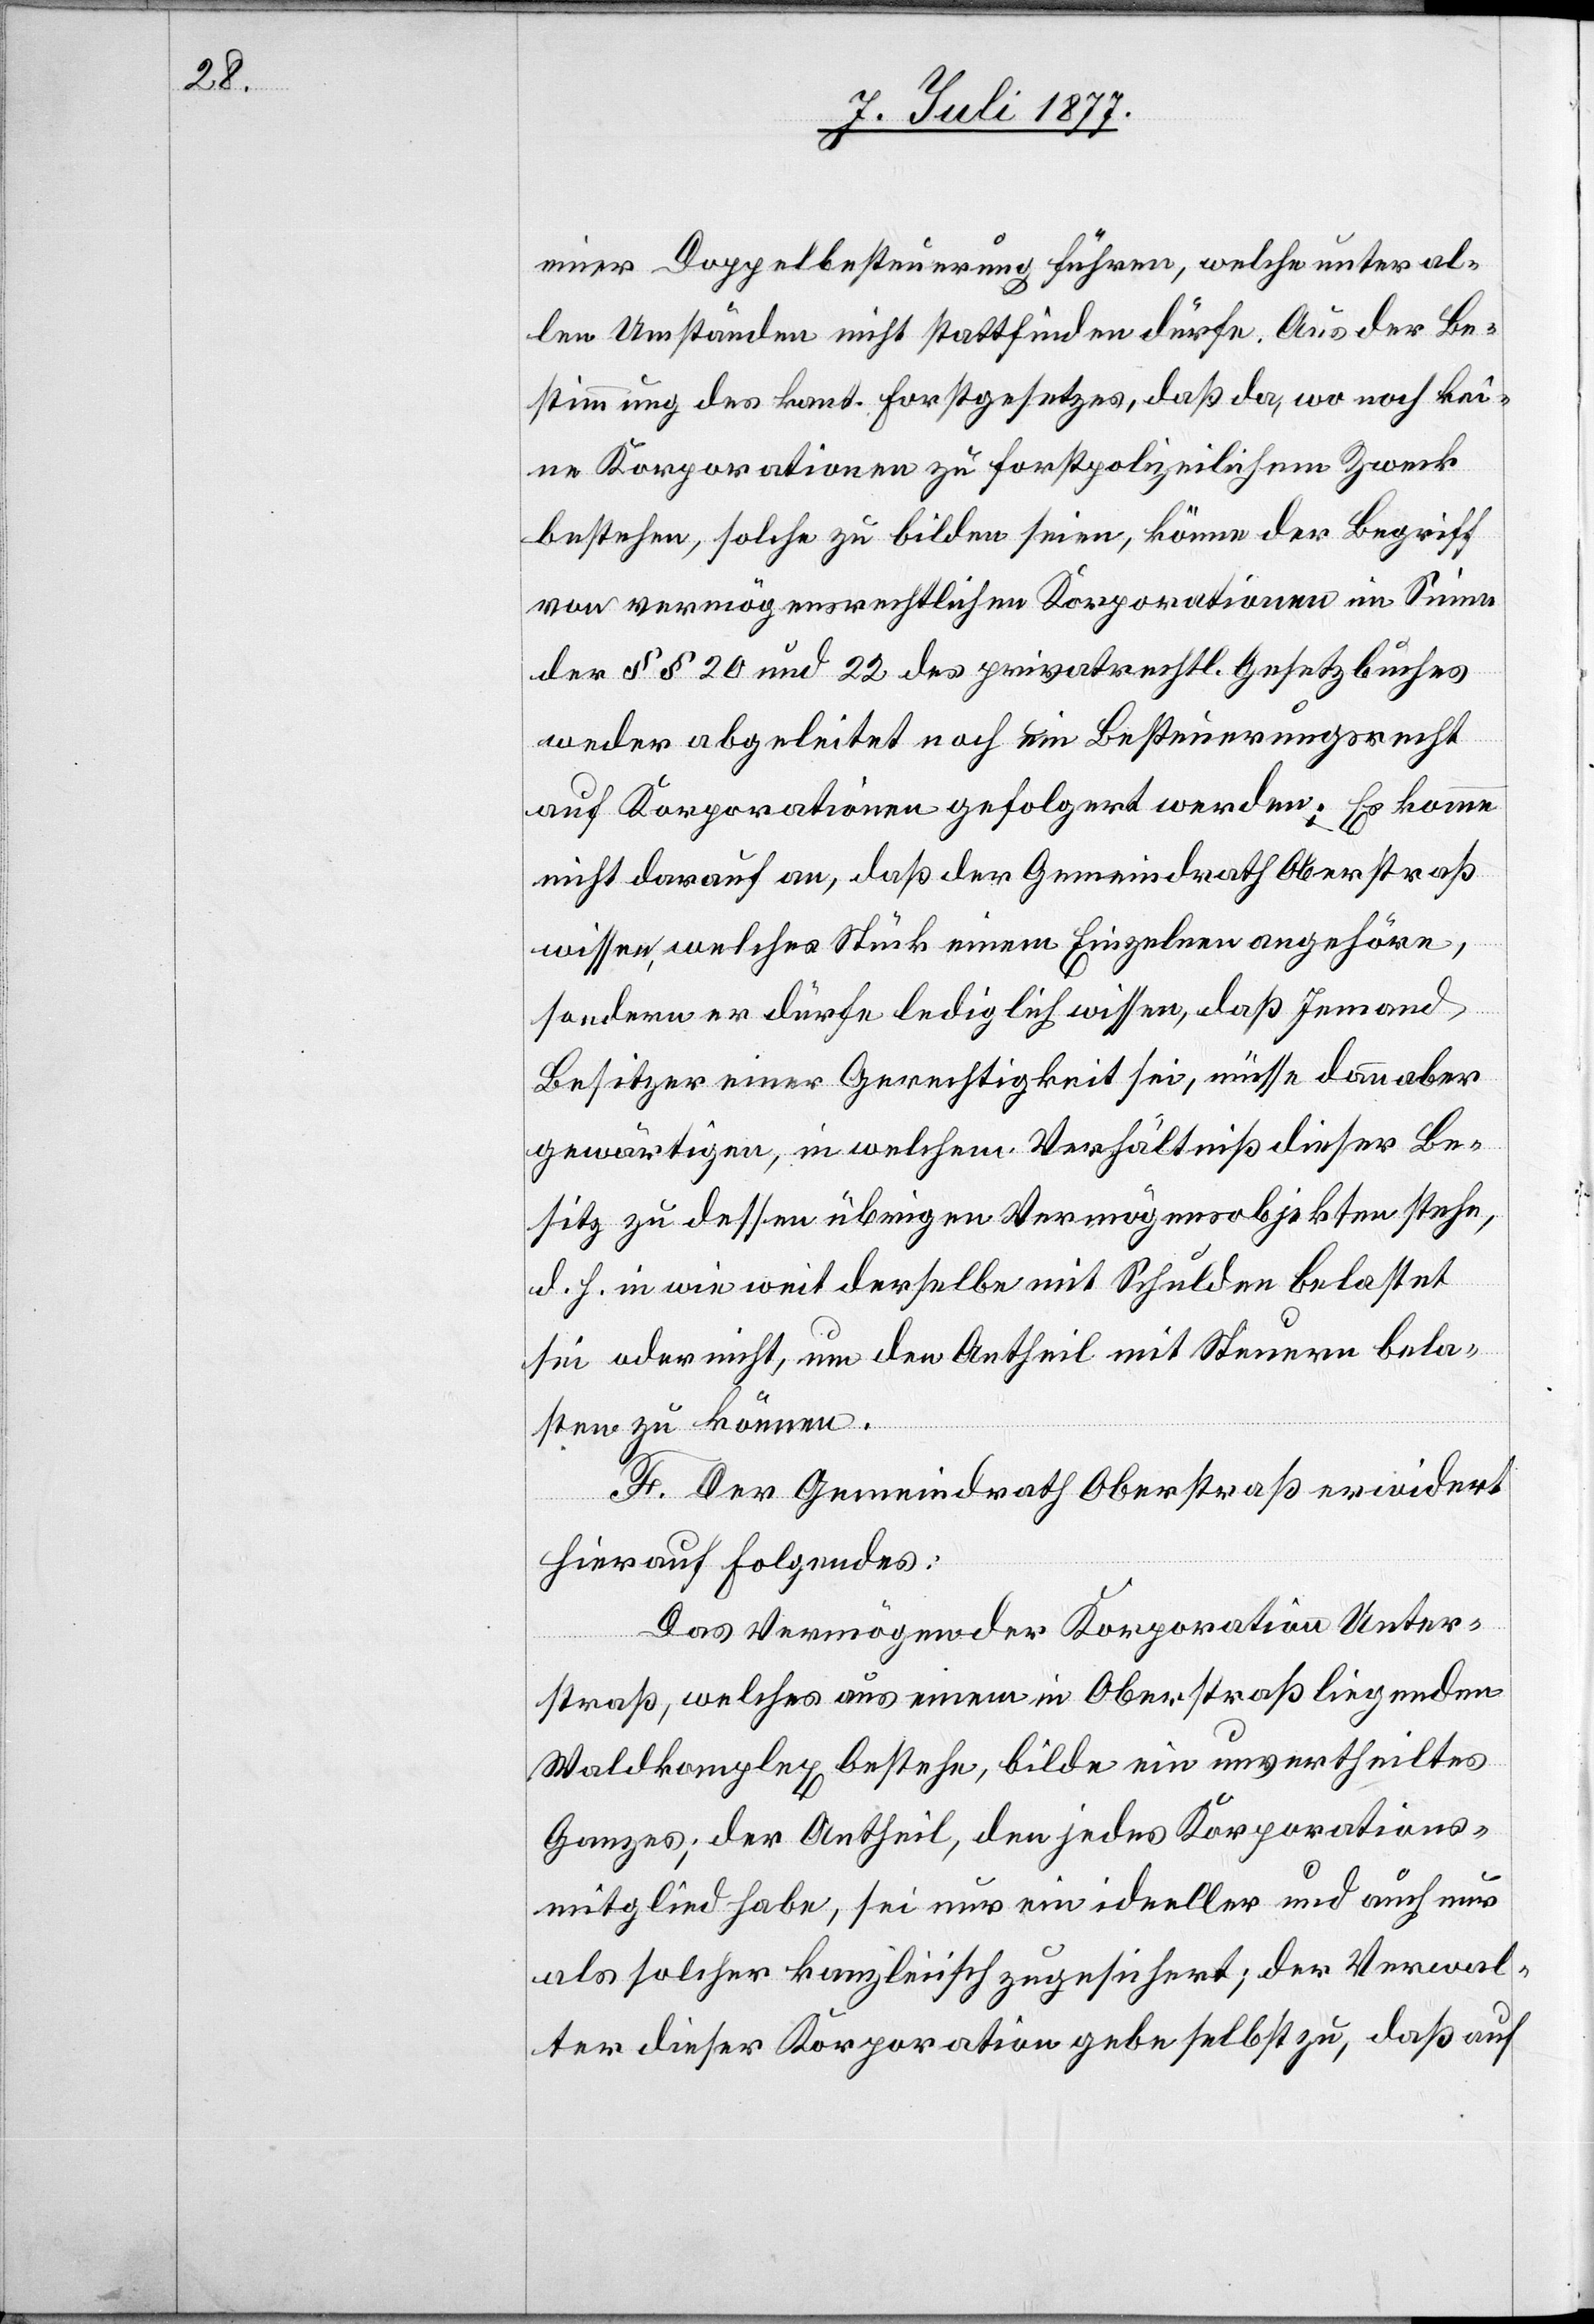
einer Doppelbesteuerung führen, welche unter al¬
len Umständen nicht stattfinden dürfe. Aus der Be¬
stimmung des kant. Forstgesetzes, daß da, wo noch kei¬
ne Korporationen zu forstpolizeilichem Zweck
bestehen, solche zu bilden seien, könne der Begriff
von vermögensrechtlichen Korporationen im Sinne
der §§ 20 und 22 des privatrechtl. Gesetzbuches
weder abgeleitet noch ein Besteuerungsrecht
auf Korporationen gefolgert werden. Es komme
nicht darauf an, daß der Gemeindrath Oberstraß
sondern er dürfe lediglich wissen, daß Jemand
Besitzer einer Gerechtigkeit sei, müsse dann aber
gewärtigen, in welchem Verhältniß dieser Be¬
sitz zu dessen übrigen Vermögensobjekten stehe,
d. h. in wie weit derselbe mit Schulden belastet
sei oder nicht, um den Antheil mit Steuern bela¬
sten zu können.
F. Der Gemeindrath Oberstraß erwidert
hierauf Folgendes:
Das Vermögen der Korporation Unter¬
straß, welches aus einem in Oberstraß liegenden
Waldkomplex bestehe, bilde ein unvertheiltes
Ganzes; der Antheil, den jedes Korporations¬
mitglied habe, sei nur ein ideeller und auch nur
als solcher kanzleiisch zugesichert; der Verwal¬
ter dieser Korporation gebe selbst zu, daß auf